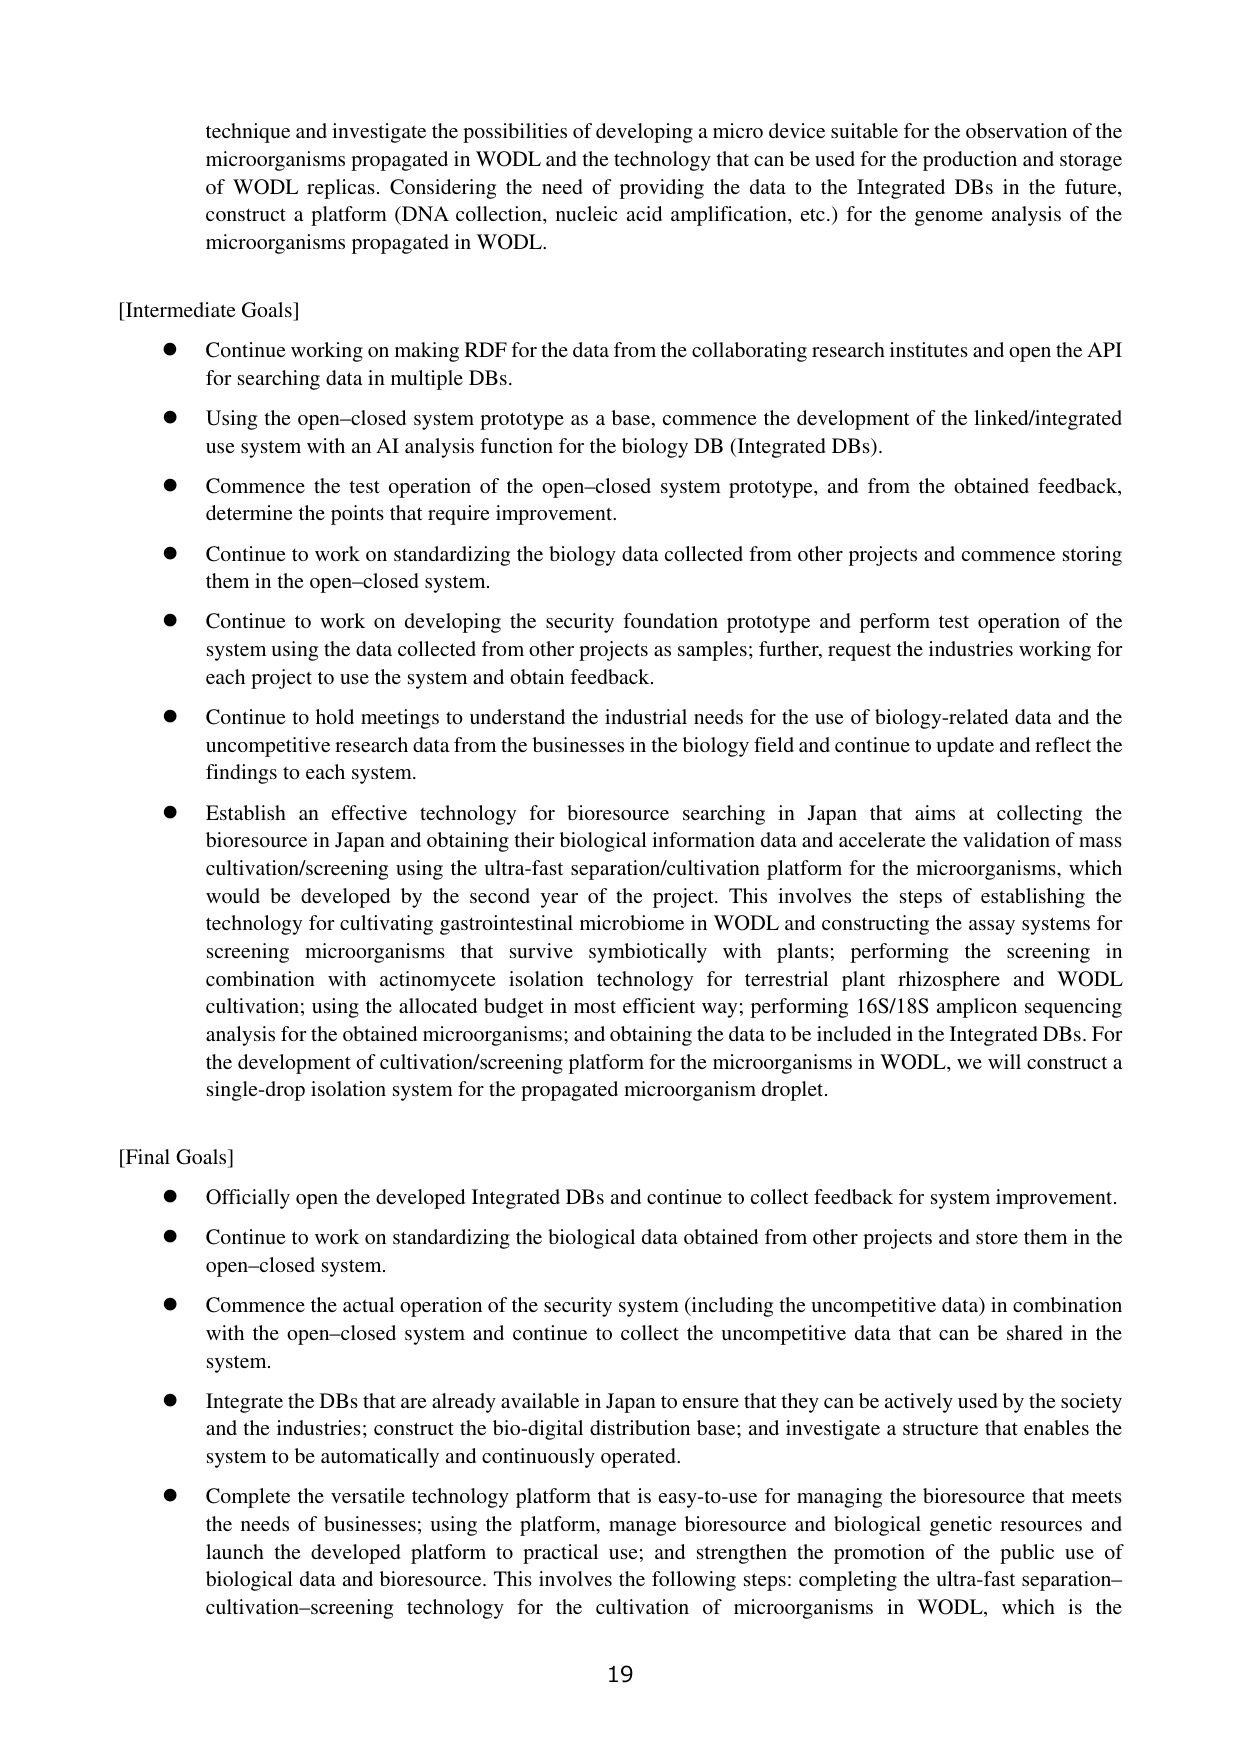
technique and investigate the possibilities of developing a micro device suitable for the observation of the microorganisms propagated in WODL and the technology that can be used for the production and storage of WODL replicas. Considering the need of providing the data to the Integrated DBs in the future, construct a platform (DNA collection, nucleic acid amplification, etc.) for the genome analysis of the microorganisms propagated in WODL.

[Intermediate Goals]
● Continue working on making RDF for the data from the collaborating research institutes and open the API for searching data in multiple DBs.
● Using the open-closed system prototype as a base, commence the development of the linked/integrated use system with an AI analysis function for the biology DB (Integrated DBs).
● Commence the test operation of the open-closed system prototype, and from the obtained feedback, determine the points that require improvement.
● Continue to work on standardizing the biology data collected from other projects and commence storing them in the open-closed system.
● Continue to work on developing the security foundation prototype and perform test operation of the system using the data collected from other projects as samples; further, request the industries working for each project to use the system and obtain feedback.
● Continue to hold meetings to understand the industrial needs for the use of biology-related data and the uncompetitive research data from the businesses in the biology field and continue to update and reflect the findings to each system.
● Establish an effective technology for bioresource searching in Japan that aims at collecting the bioresource in Japan and obtaining their biological information data and accelerate the validation of mass cultivation/screening using the ultra-fast separation/cultivation platform for the microorganisms, which would be developed by the second year of the project. This involves the steps of establishing the technology for cultivating gastrointestinal microbiome in WODL and constructing the assay systems for screening microorganisms that survive symbiotically with plants; performing the screening in combination with actinomycete isolation technology for terrestrial plant rhizosphere and WODL cultivation; using the allocated budget in most efficient way; performing 16S/18S amplicon sequencing analysis for the obtained microorganisms; and obtaining the data to be included in the Integrated DBs. For the development of cultivation/screening platform for the microorganisms in WODL, we will construct a single-drop isolation system for the propagated microorganism droplet.

[Final Goals]
● Officially open the developed Integrated DBs and continue to collect feedback for system improvement.
● Continue to work on standardizing the biological data obtained from other projects and store them in the open-closed system.
● Commence the actual operation of the security system (including the uncompetitive data) in combination with the open-closed system and continue to collect the uncompetitive data that can be shared in the system.
● Integrate the DBs that are already available in Japan to ensure that they can be actively used by the society and the industries; construct the bio-digital distribution base; and investigate a structure that enables the system to be automatically and continuously operated.
● Complete the versatile technology platform that is easy-to-use for managing the bioresource that meets the needs of businesses; using the platform, manage bioresource and biological genetic resources and launch the developed platform to practical use; and strengthen the promotion of the public use of biological data and bioresource. This involves the following steps: completing the ultra-fast separation-cultivation-screening technology for the cultivation of microorganisms in WODL, which is the

19